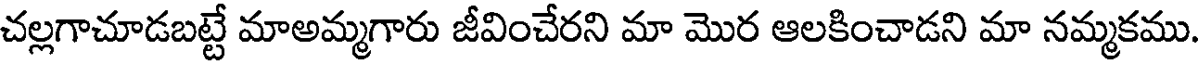
చల్లగాచూడబట్టే మాఅమ్మగారు జీవించేరని మా మొర ఆలకించాడని మా నమ్మకము